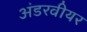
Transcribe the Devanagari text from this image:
अंडरवीयर